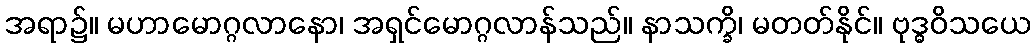
အရာ၌။ မဟာမောဂ္ဂလာနော၊ အရှင်မောဂ္ဂလာန်သည်။ နာသက္ခိ၊ မတတ်နိုင်။ ဗုဒ္ဓဝိသယေ